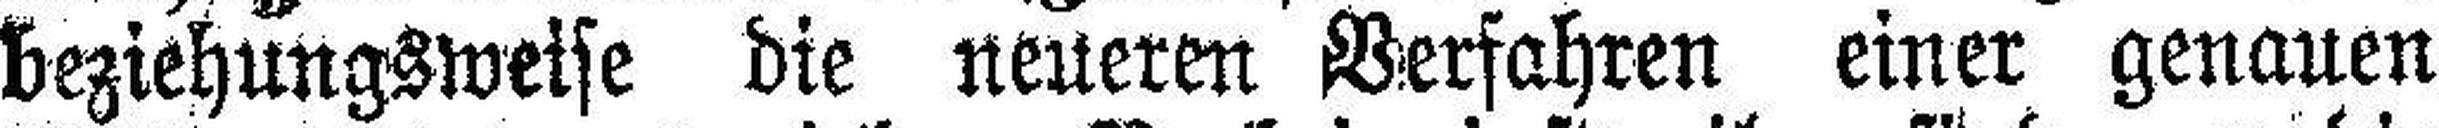
beziehungsweise die neueren Verfahren einer genauen